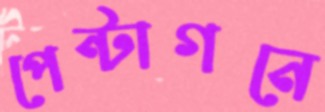
পেন্টাগনে